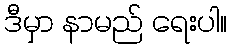
ဒီမှာ နာမည် ရေးပါ။